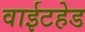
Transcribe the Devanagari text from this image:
वाईटहेड